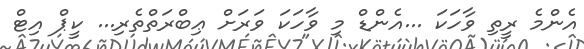
އެންމެ ރީތި ވާހަކަ ...އެންޑް މި ވާހަކަ ވަރަށް ޢިބްރަތްތެރި... ކީޕް އިޓް